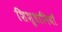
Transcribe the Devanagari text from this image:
शिशुधानियाँ